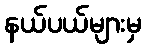
နယ်ပယ်များမှ